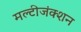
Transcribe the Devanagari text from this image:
मल्टीजंक्शन